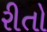
રીતો